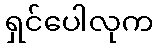
ရှင်ပေါလုက